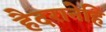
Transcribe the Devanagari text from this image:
हैदरानेहि